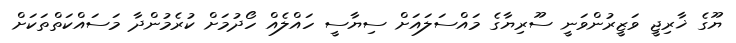
ޔޫގެ ޚާރިޖީ ވަޒީރުންވަނީ ސޫރިޔާގެ މައްސަލައަށް ސިޔާސީ ހައްލެއް ހޯދުމަށް ކުރެމުންދާ މަސައްކަތްތަކަށް